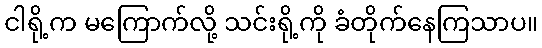
ငါရို့က မကြောက်လို့ သင်းရို့ကို ခံတိုက်နေကြသာပ။